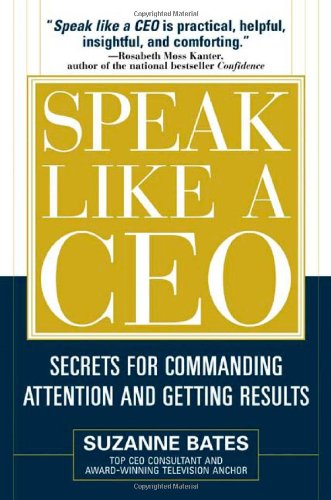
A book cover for Speak Like a CEO: Secrets for Commanding Attention and Getting Results; Suzanne Bates; Business & Money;